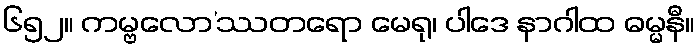
၆၅၂။ ကမ္ဗလော’ဿတရော မေရု၊ ပါဒေ နာဂါထ ဓမ္မနီ။